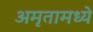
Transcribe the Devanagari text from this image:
अमृतामध्ये